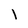
Character: l